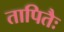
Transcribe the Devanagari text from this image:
तापितैः